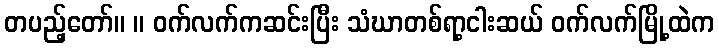
တပည့်တော်။ ။ ဝက်လက်ကဆင်းပြီး သံဃာတစ်ရာ့ငါးဆယ် ဝက်လက်မြို့ထဲက